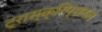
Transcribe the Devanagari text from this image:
ट्रास्क्रिप्शनल